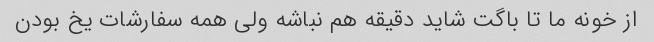
از خونه ما تا باگت شاید دقیقه هم نباشه ولی همه سفارشات یخ بودن